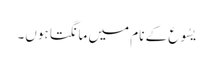
یسُوع کے نام میں مانگتا ہوں۔